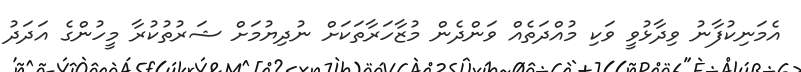
އެމަނިކުފާނު ވިދާޅުވީ ވަކި މުއްދަތެއް ވަންދެން މުޒާހަރާތަކަށް ނުދިޔުމަށް ޝަރުތުކުރާ މީހުންގެ އަދަދު